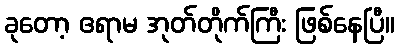
ခုတော့ ဧရာမ အုတ်တိုက်ကြီး ဖြစ်နေပြီ။